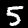
Digit: 5